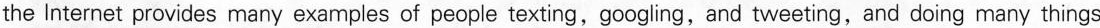
the Internet provides many examples of people texting,googling,and tweeting, and doing many things